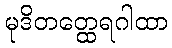
မုဒိတတ္ထေရဂါထာ